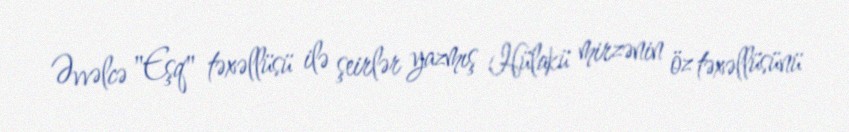
Əvvəlcə "Eşq" təxəllüsü ilə şeirlər yazmış Hülakü mirzənin öz təxəllüsünü